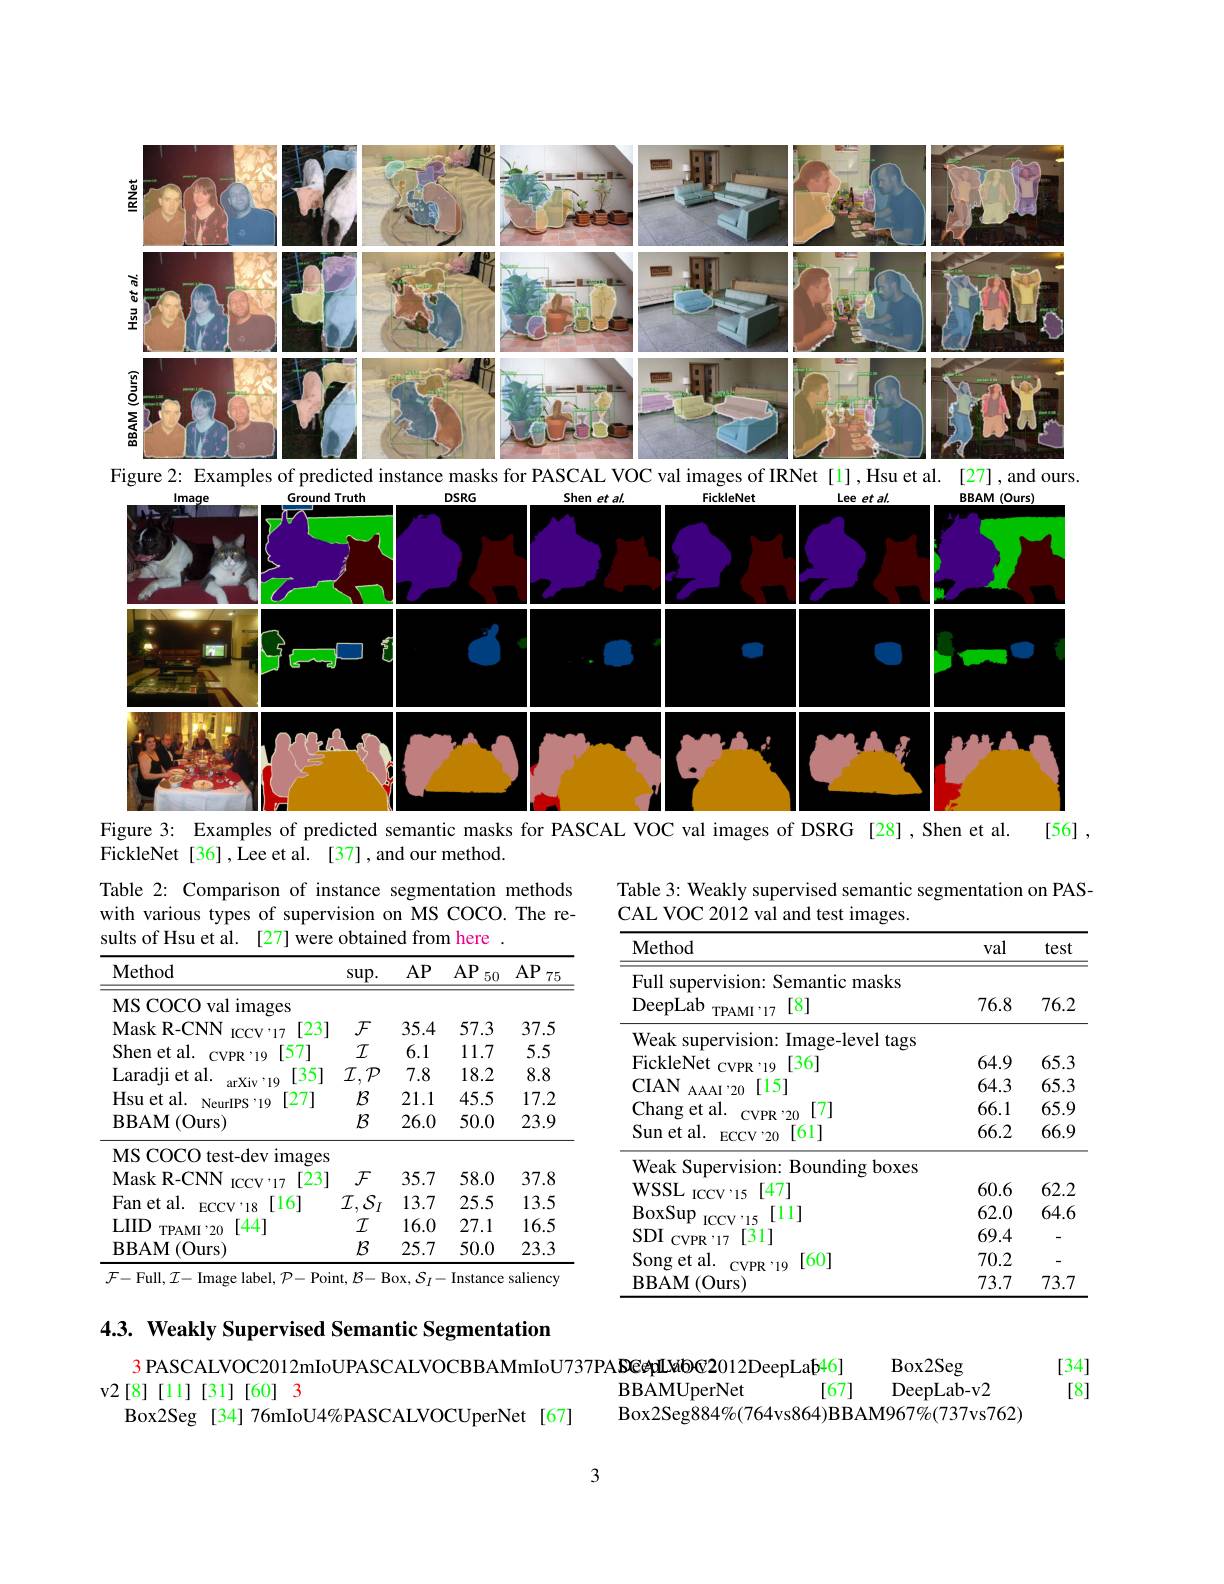
<FigureHere>
[56]
Figure 3: Examples of predicted semantic masks for PASCAL VOC val images of DSRG[28],Shen et al.

FickleNet[36],Lee et al.[37],and our method.

Table 3: Weakly supervised semantic segmentation on PAS-
CAL VOC 2012 val and test images.

Table 2: Comparison of instance segmentation methods with various types of supervision on MS COCO. The results of Hsu et al. [27] were obtained from here

<table>
	<tbody>
		<tr>
			<th>Method</th>
			<th>$\sup.$</th>
			<th>$AP$</th>
			<th>$AP$ 50</th>
			<th>$AP$ 75</th>
		</tr>
		<tr>
			<td>MS COCO val images</td>
			<td> </td>
			<td> </td>
			<td> </td>
			<td> </td>
		</tr>
		<tr>
			<td>MaskR- CNN [23 $1C^{\prime}CV$ $I:17$</td>
			<td>$\mathcal{F}$</td>
			<td>35.4</td>
			<td>57.3</td>
			<td>37.5</td>
		</tr>
		<tr>
			<td>Shen et al. $\mathrm{CVPR}^{,}19$ [57]</td>
			<td>$I$</td>
			<td>6.1</td>
			<td>11.7</td>
			<td>5.5</td>
		</tr>
		<tr>
			<td>Laradi et al. [35] $\because10$</td>
			<td>$\mathcal{I}.$ $\mathcal{P}$</td>
			<td>7.8</td>
			<td>18.2</td>
			<td>8.8</td>
		</tr>
		<tr>
			<td>Hsu et al. NeurIPS'19 [27]</td>
			<td>$\mathcal{B}$</td>
			<td>21.1</td>
			<td>45.5</td>
			<td>17.2</td>
		</tr>
		<tr>
			<td>$\operatorname{BBAM}($Ours)</td>
			<td>$\mathcal{B}$</td>
			<td>26.0</td>
			<td>50.0</td>
			<td>23.9</td>
		</tr>
		<tr>
			<td>MS COCO test-dev images</td>
			<td>S</td>
			<td> </td>
			<td> </td>
			<td> </td>
		</tr>
		<tr>
			<td>MaskR- CNN $\mathrm{ICCV}^{\prime}17$ [23</td>
			<td>$\mathcal{F}$ 1</td>
			<td>35.7</td>
			<td>58.0</td>
			<td>37.8</td>
		</tr>
		<tr>
			<td>Fan et al. $\mathrm{ECCV}^{*}18$ [16]</td>
			<td>$I.$ $S$ $I$</td>
			<td>13.7</td>
			<td>25.5</td>
			<td>13.5</td>
		</tr>
		<tr>
			<td>[44] $LIID$ $\mathrm{TPAMI}^{,}20$</td>
			<td>$I$</td>
			<td>16.0</td>
			<td>27.1</td>
			<td>16.5</td>
		</tr>
		<tr>
			<td>$\mathbf{BBAM}$ ${\mathbf{I}}\left(\mathrm{Ours}\right)$</td>
			<td>$\mathcal{B}$</td>
			<td>25.7</td>
			<td>50.0</td>
			<td>23.3</td>
		</tr>
	</tbody>
</table>
$\mathcal{F}-$Full$,\mathcal{I}-$Image label$,\mathcal{P}-$Point$,\mathcal{B}-$Box$,\mathcal{S}_I-$Instance saliency

<table>
	<tbody>
		<tr>
			<th>Method</th>
			<th>val</th>
			<th>test</th>
		</tr>
		<tr>
			<td>Full supervision: Semantic masks ${\mathrm{DeepLab}}$ [8] TPAMI'17</td>
			<td>76.8</td>
			<td>76.2</td>
		</tr>
		<tr>
			<td>Weak supervision: Image-level tags</td>
			<td> </td>
			<td> </td>
		</tr>
		<tr>
			<td>FickleNet [36] $\textbf{t}_{\mathrm{CVPR}}^{\mathrm{CVPR}}$'19</td>
			<td>64.9</td>
			<td>65.3</td>
		</tr>
		<tr>
			<td>$CIAN$ [15] $\mathrm{AAAI}^{\circ}20$</td>
			<td>64.3</td>
			<td>65.3</td>
		</tr>
		<tr>
			<td>Chang et al. [7] $\mathrm{CVPR}^{\circ}\gamma_{0}$</td>
			<td>66.1</td>
			<td>65.9</td>
		</tr>
		<tr>
			<td>[61] Sun et al. $\mathrm{ECCV}^{,}20$</td>
			<td>66.2</td>
			<td>66.9</td>
		</tr>
		<tr>
			<td>Weak Supervision: Bounding boxes</td>
			<td> </td>
			<td> </td>
		</tr>
		<tr>
			<td>$\mathbf{WSSL}$ [47] $\mathrm{ICCV}^{\prime}$15</td>
			<td>60.6</td>
			<td>62.2</td>
		</tr>
		<tr>
			<td>BoxSup [11]</td>
			<td>62.0</td>
			<td>64.6</td>
		</tr>
		<tr>
			<td>$SDI$ [31] $\mathrm{CVPR}^{\prime}17$</td>
			<td>69.4</td>
			<td>-</td>
		</tr>
		<tr>
			<td>[60] Song et al. $\mathrm{CVPR}^{\circ}19$</td>
			<td>70.2</td>
			<td>-</td>
		</tr>
		<tr>
			<td>$\operatorname{BBAM}($Ours)</td>
			<td>73.7</td>
			<td>73.7</td>
		</tr>
	</tbody>
</table>

4.3. Weakly Supervised Semantic Segmentation

[34] [8]

Box2Seg
3 PASCALVOC2012mIoUPASCALVOCBBAMmIoU737PA DGepLVabOC2012DeepLaþ46]
[67]
v2[8][11][31][60] 3
BBAMUperNet
DeepLab-v2
Box2Seg884%(764vs864)BBAM967%(737vs762)
Box2Seg [34] 76mIoU4%PASCALVOCUperNet[67]

3